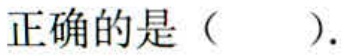
正确的是（  ）.